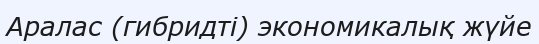
Аралас (гибридті) экономикалық жүйе